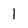
Character: 1